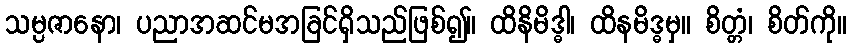
သမ္ပဇာနော၊ ပညာအဆင်မအခြင်ရှိသည်ဖြစ်၍။ ထိနိမိဒ္ဓါ၊ ထိနမိဒ္ဓမှ။ စိတ္တံ၊ စိတ်ကို။